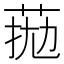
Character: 𦰖